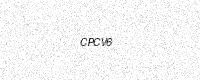
Text: CPCV6